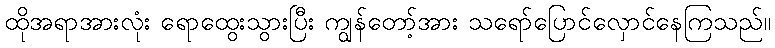
ထိုအရာအားလုံး ရောထွေးသွားပြီး ကျွန်တော့်အား သရော်ပြောင်လှောင်နေကြသည်။